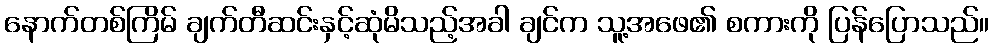
နောက်တစ်ကြိမ် ချက်တီဆင်းနှင့်ဆုံမိသည့်အခါ ချင်က သူ့အဖေ၏ စကားကို ပြန်ပြောသည်။